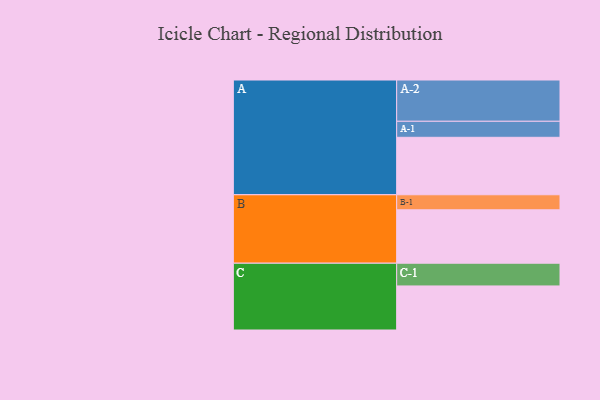
{"axis": {"x": "Segment", "y": "Value"}, "legend": ["", "A", "B", "C"], "data": [{"x": "A", "y": 412, "type": ""}, {"x": "B", "y": 383, "type": ""}, {"x": "C", "y": 316, "type": ""}, {"x": "A-1", "y": 115, "type": "A"}, {"x": "A-2", "y": 296, "type": "A"}, {"x": "B-1", "y": 108, "type": "B"}, {"x": "C-1", "y": 163, "type": "C"}]}